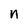
Character: n